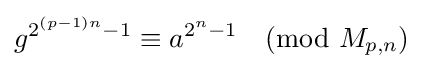
g^{2^{(p-1)n}-1}\equiv a^{2^{n}-1}{\pmod {M_{p,n}}}